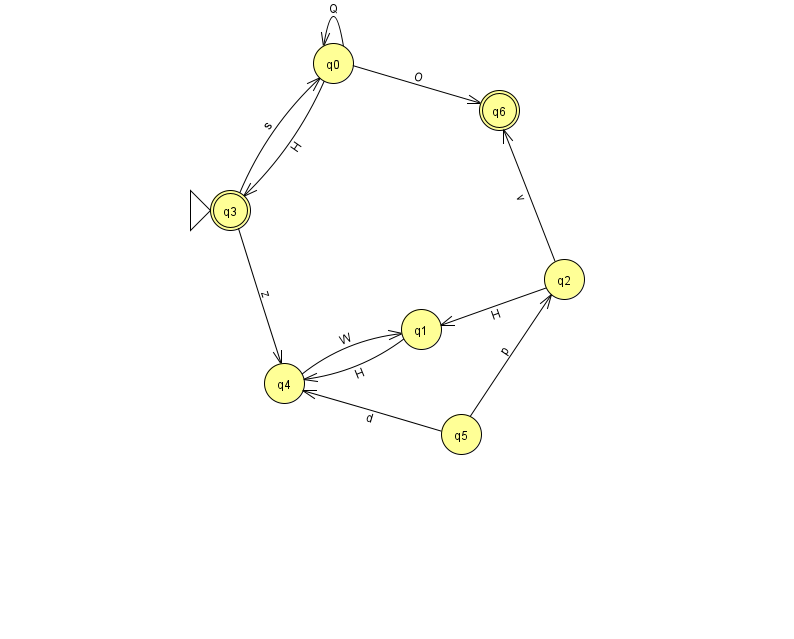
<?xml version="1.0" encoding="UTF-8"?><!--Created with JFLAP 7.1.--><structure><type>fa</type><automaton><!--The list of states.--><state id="0" name="q0"><x>333.0</x><y>50.0</y></state><state id="1" name="q1"><x>421.0</x><y>316.0</y></state><state id="2" name="q2"><x>564.0</x><y>266.0</y></state><state id="3" name="q3"><x>230.0</x><y>197.0</y><initial/><final/></state><state id="4" name="q4"><x>284.0</x><y>370.0</y></state><state id="5" name="q5"><x>461.0</x><y>421.0</y></state><state id="6" name="q6"><x>499.0</x><y>97.0</y><final/></state><!--The list of transitions.--><transition><from>0</from><to>0</to><read>Q</read></transition><transition><from>1</from><to>4</to><read>H</read></transition><transition><from>3</from><to>0</to><read>s</read></transition><transition><from>0</from><to>6</to><read>O</read></transition><transition><from>2</from><to>6</to><read>v</read></transition><transition><from>5</from><to>4</to><read>d</read></transition><transition><from>0</from><to>3</to><read>H</read></transition><transition><from>5</from><to>2</to><read>p</read></transition><transition><from>3</from><to>4</to><read>z</read></transition><transition><from>4</from><to>1</to><read>W</read></transition><transition><from>2</from><to>1</to><read>H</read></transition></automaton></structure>